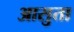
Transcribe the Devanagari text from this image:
आसुता